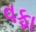
વફા